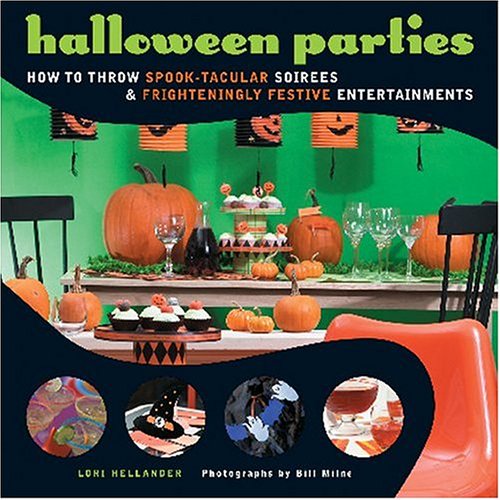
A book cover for Halloween Parties: How to Throw Spook-Tacular Soirees and Frighteningly Festive Entertainments; Lori Hellander; Cookbooks, Food & Wine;